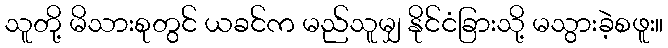
သူတို့ မိသားစုတွင် ယခင်က မည်သူမျှ နိုင်ငံခြားသို့ မသွားခဲ့စဖူး။